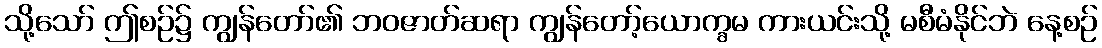
သို့သော် ဤစဉ်၌ ကျွန်တော်၏ ဘဝဇာတ်ဆရာ ကျွန်တော့်ယောက္ခမ ကားယင်းသို့ မစီမံနိုင်ဘဲ နေ့စဉ်